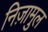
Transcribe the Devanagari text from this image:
निज़ामुल